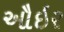
ઔઇર